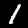
Digit: 1